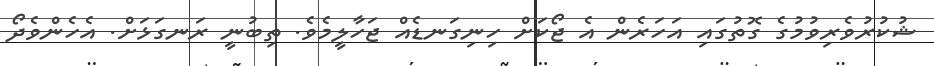
ޝުކުރުވެރިވުމުގެ ގޮތުގައި އަހަރެން އެ ޖޯކަށް ހިނިގަނޑެއް ޖަހާލީމެވެ. ތިބުނީ ރަނގަޅަށް. އެހެންވެދޯ